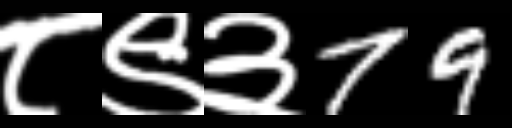
Text: ८९३79